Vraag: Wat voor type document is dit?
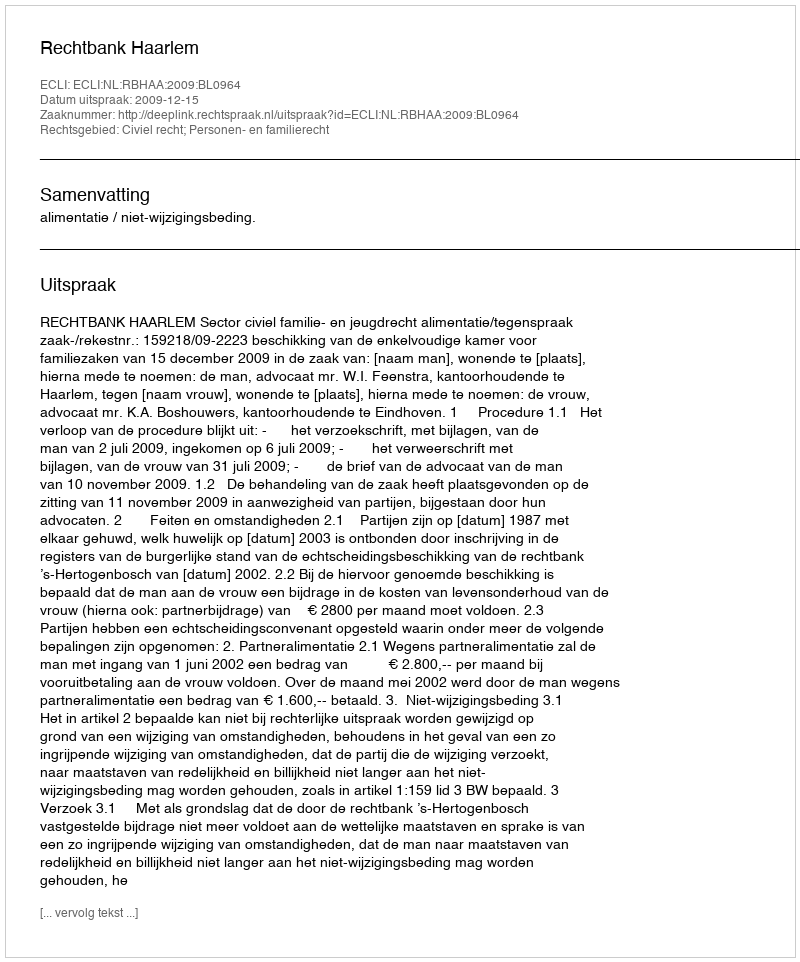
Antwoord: Uitspraak